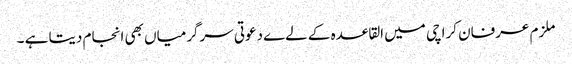
ملزم عرفان کراچی میں القاعدہ کے لےے دعوتی سرگرمیاں بھی انجام دیتا ہے ۔